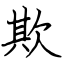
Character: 欺